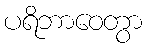
ပရိဘာဝေတွာ